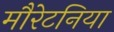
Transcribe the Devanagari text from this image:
मौरेटनिया